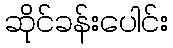
ဆိုင်ခန်းပေါင်း